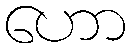
ဟော